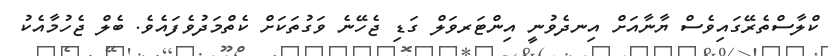
ކްލާސްތެރޭގައިވެސް ޔާނާއަށް އިނދެވުނީ އިންޓަރވަލް ގަޑި ޖެހޭނެ ވަގުތަކަށް ކެތްމަދުވެފައެވެ. ބެލް ޖެހުމާއެކު